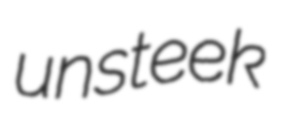
unsteek